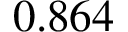
0 . 8 6 4